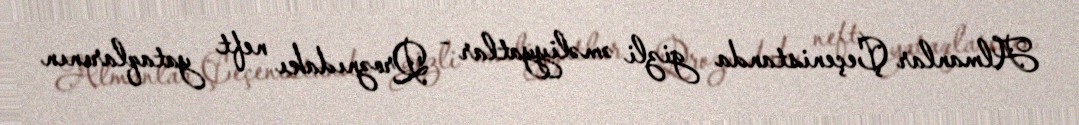
Almanlar Çeçenistanda gizli əməliyyatlar - Qroznıdakı neft yataqlarının